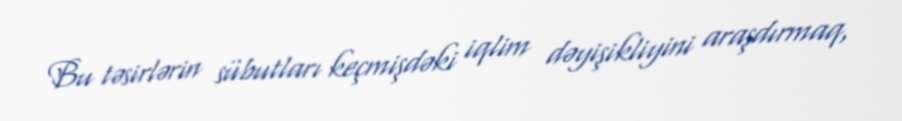
Bu təsirlərin sübutları keçmişdəki iqlim dəyişikliyini araşdırmaq,